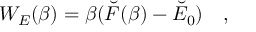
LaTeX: W _ { E } ( \beta ) = \beta ( \breve { F } ( \beta ) - \breve { E } _ { 0 } ) ~ ~ ~ ,